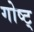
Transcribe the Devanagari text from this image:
गोष्ट्